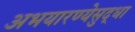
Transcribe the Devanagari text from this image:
अभयारण्येसुद्धा